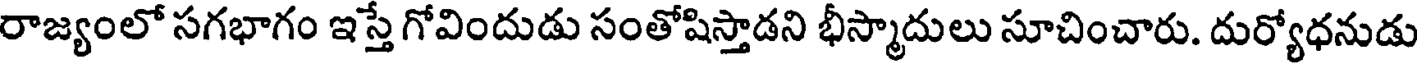
రాజ్యంలో సగభాగం ఇస్తే గోవిందుడు సంతోషిస్తాడని భీస్మాదులు సూచించారు. దుర్యోధనుడు